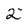
Character: 2